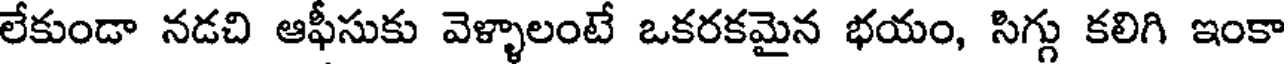
లేకుండా నడచి ఆఫీసుకు వెళ్ళాలంటే ఒకరకమైన భయం, సిగ్గు కలిగి ఇంకా